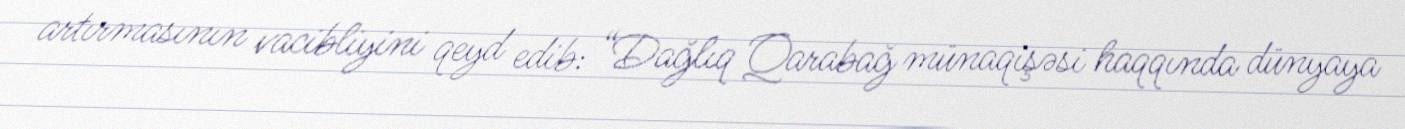
artırmasının vacibliyini qeyd edib: “Dağlıq Qarabağ münaqişəsi haqqında dünyaya